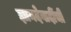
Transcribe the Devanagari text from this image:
ज्ञानदेवादींची